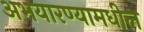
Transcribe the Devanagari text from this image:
अभयारण्यामधील